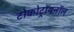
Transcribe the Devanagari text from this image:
टोकोट्रॉयनॉल